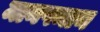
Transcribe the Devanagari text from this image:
मानपमान